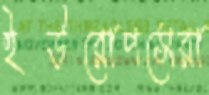
ইউরোপসেরা